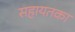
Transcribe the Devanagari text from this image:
सहायतका